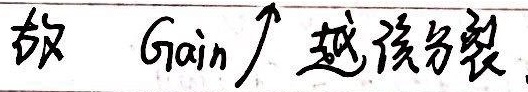
故 $\text{Gain}$ 越大越该分裂。